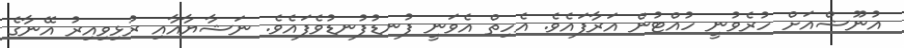
އުނޫޝްއަށް ހުރެވުނީ ހުއްޓުން އަރާފައެވެ. އެހިތް އެވަނީ ފުނޑުފުނޑުވެފައެވެ. ނަޝާޔާއާއި ރުޅިވިއިރު އޭނާގެ